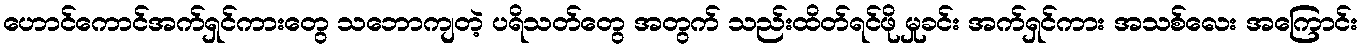
ဟောင်ကောင်အက်ရှင်ကားတွေ သဘောကျတဲ့ ပရိသတ်တွေ အတွက် သည်းထိတ်ရင်ဖို မှုခင်း အက်ရှင်ကား အသစ်လေး အကြောင်း